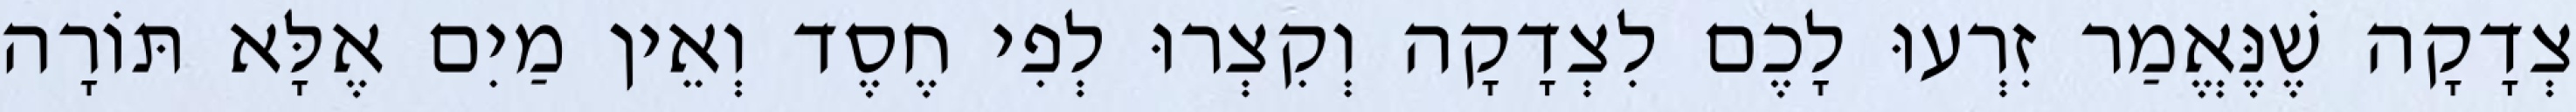
צְדָקָה שֶׁנֶּאֱמַר זִרְעוּ לָכֶם לִצְדָקָה וְקִצְרוּ לְפִי חֶסֶד וְאֵין מַיִם אֶלָּא תּוֹרָה